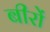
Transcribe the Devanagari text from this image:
बीरों